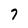
Character: 7